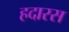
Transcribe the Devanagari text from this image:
हदारस